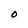
Character: O